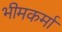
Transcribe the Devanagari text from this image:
भीमकर्मा